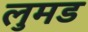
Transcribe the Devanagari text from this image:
लुमड